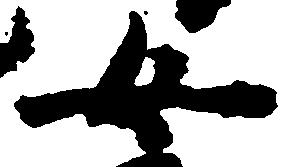
女